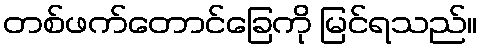
တစ်ဖက်တောင်ခြေကို မြင်ရသည်။